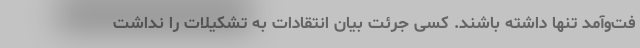
فت‌و‌آمد تنها داشته باشند. کسی جرئت بیان انتقادات به تشکیلات را نداشت